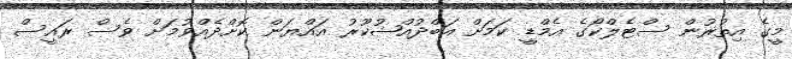
މީގެ އިތުރުން ސްޓެލްކޯގެ އެމްޑީ ކަމަށް އަބްދުއްޝުކޫރު އައްޔަން ކޮށްދެއްވުމަށް ވެސް ރައީސް